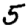
Digit: 5